Indian journal of veterinary science and animal husbandry - Volume 13,
Year: 1943
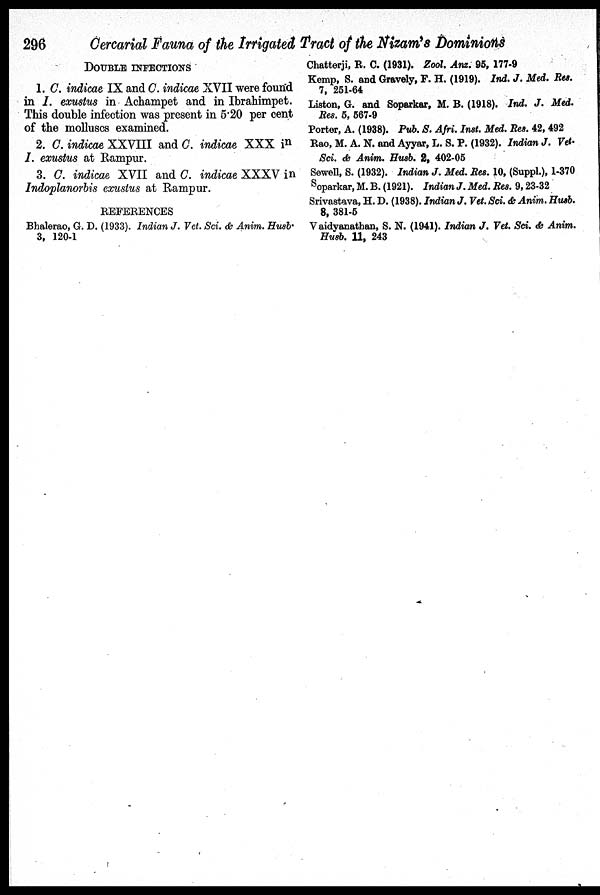
296
Cercarial
Fauna of the Irrigated Tract of the Nizam's Dominions
DOUBLE INFECTIONS
1. C. indicae IX and C. indicae XVII were found
in I. exustus in Achampet and in Ibrahimpet.
This double infection was present in 5.20 per cent
of the molluscs examined.
2. C. indicae XXVIII and C. indicae XXX in
I. exustus at Rampur.
3. C. indicae XVII and C. indicae XXXV in
Indoplanorbis exustus at Rampur.
REFERENCES
Bhalerao, G. D. (1933). Indian J. Vet. Sci. & Anim. Husb.
3, 120-1
Chatterji, R. C. (1931). Zool. Anz. 95, 177-9
Kemp, S. and Gravely, F. H. (1919). Ind. J. Med. Res.
7, 251-64
Liston, G. and Soparkar, M. B. (1918). Ind. J. Med.
Res. 5, 567-9
Porter, A. (1938). Pub. S. Afri. Inst. Med. Res. 42, 492
Rao, M. A. N. and Ayyar, L. S. P. (1932). Indian J. Vet.
Sci. & Anim. Husb. 2, 402-05
Sewell, S. (1932). Indian J. Med. Res. 10, (Suppl.), 1-370
Soparkar, M. B. (1921). Indian J. Med. Res. 9, 23-32
Srivastava, H. D. (1938). Indian J. Vet. Sci. & Anim. Husb.
8, 381-5
Vaidyanathan, S. N. (1941). Indian J. Vet. Sci. & Anim.
Husb. 11, 243